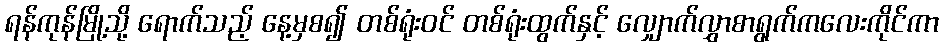
ရန်ကုန်မြို့သို့ ရောက်သည့် နေ့မှစ၍ တစ်ရုံးဝင် တစ်ရုံးထွက်နှင့် လျှောက်လွှာစာရွက်ကလေးကိုင်ကာ